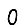
Digit: 0